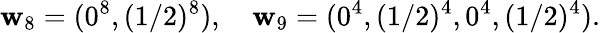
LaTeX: {\mathbf w}_{8}=(0^{8},(1/2)^{8}),\quad{\mathbf w}_{9}=(0^{4},(1/2)^{4},0^{4},(1/2)^{4}).